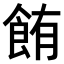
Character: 𫗏